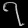
Digit: ၇